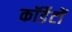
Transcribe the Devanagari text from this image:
कॉर्डेटों